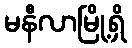
မနီလာမြို့ရှိ